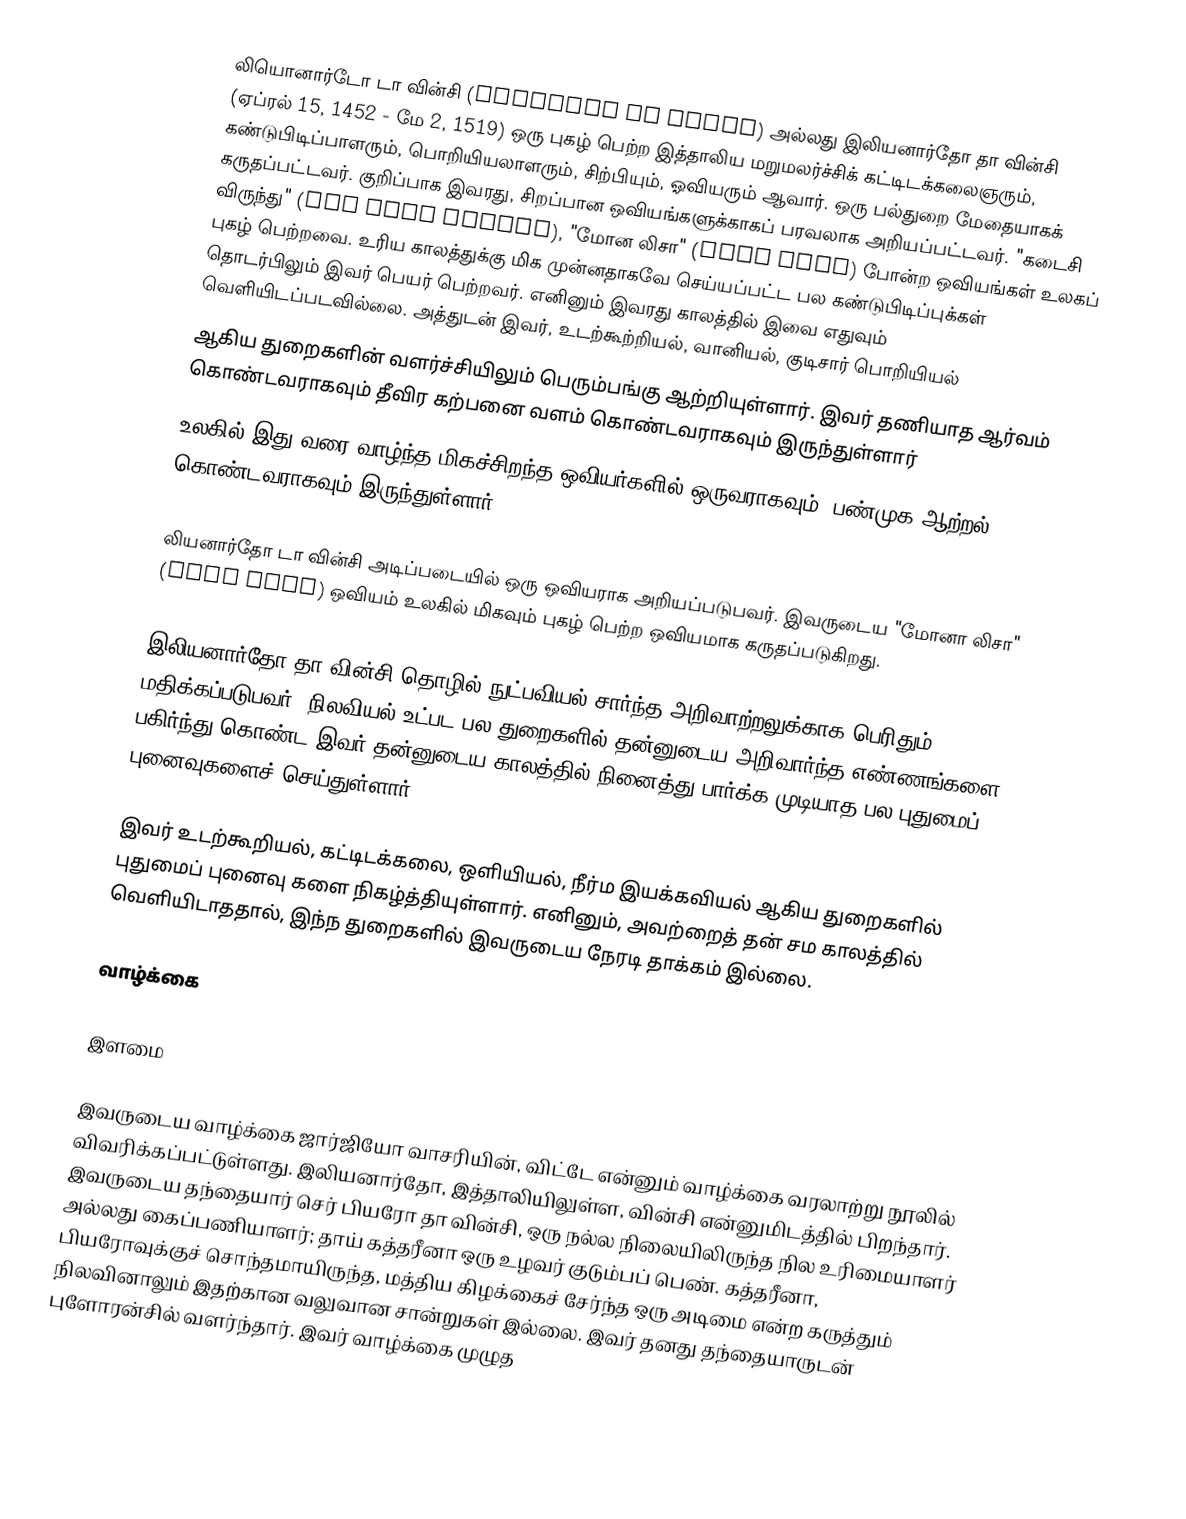
லியொனார்டோ டா வின்சி (Leonardo da Vinci) அல்லது இலியனார்தோ தா வின்சி (ஏப்ரல் 15, 1452 - மே 2, 1519) ஒரு புகழ் பெற்ற இத்தாலிய மறுமலர்ச்சிக் கட்டிடக்கலைஞரும், கண்டுபிடிப்பாளரும், பொறியியலாளரும், சிற்பியும், ஓவியரும் ஆவார். ஒரு பல்துறை மேதையாகக் கருதப்பட்டவர். குறிப்பாக இவரது, சிறப்பான ஒவியங்களுக்காகப் பரவலாக அறியப்பட்டவர். "கடைசி விருந்து" (The Last Supper), "மோன லிசா" (Mona Lisa) போன்ற ஒவியங்கள் உலகப் புகழ் பெற்றவை. உரிய காலத்துக்கு மிக முன்னதாகவே செய்யப்பட்ட பல கண்டுபிடிப்புக்கள் தொடர்பிலும் இவர் பெயர் பெற்றவர். எனினும் இவரது காலத்தில் இவை எதுவும் வெளியிடப்படவில்லை. அத்துடன் இவர், உடற்கூற்றியல், வானியல்,  குடிசார் பொறியியல்
ஆகிய துறைகளின் வளர்ச்சியிலும் பெரும்பங்கு ஆற்றியுள்ளார். இவர் தணியாத ஆர்வம் கொண்டவராகவும் தீவிர கற்பனை வளம் கொண்டவராகவும் இருந்துள்ளார்
உலகில் இது வரை வாழ்ந்த மிகச்சிறந்த ஒவியர்களில் ஒருவராகவும், பண்முக ஆற்றல் கொண்டவராகவும் இருந்துள்ளார்.

லியனார்தோ டா வின்சி அடிப்படையில் ஒரு ஒவியராக அறியப்படுபவர். இவருடைய "மோனா லிசா" (Mona Lisa)  ஒவியம் உலகில் மிகவும் புகழ் பெற்ற ஒவியமாக கருதப்படுகிறது.

இலியனார்தோ தா வின்சி தொழில் நுட்பவியல் சார்ந்த அறிவாற்றலுக்காக பெரிதும் மதிக்கப்படுபவர். நிலவியல் உட்பட பல துறைகளில் தன்னுடைய அறிவார்ந்த எண்ணங்களை பகிர்ந்து கொண்ட இவர் தன்னுடைய காலத்தில் நினைத்து பார்க்க முடியாத பல புதுமைப் புனைவுகளைச் செய்துள்ளார்.

இவர் உடற்கூறியல், கட்டிடக்கலை, ஒளியியல், நீர்ம இயக்கவியல் ஆகிய துறைகளில் புதுமைப் புனைவு களை நிகழ்த்தியுள்ளார். எனினும், அவற்றைத் தன் சம காலத்தில் வெளியிடாததால், இந்ந துறைகளில் இவருடைய நேரடி தாக்கம் இல்லை.

வாழ்க்கை

இளமை

இவருடைய வாழ்க்கை ஜார்ஜியோ வாசரியின், விட்டே என்னும் வாழ்க்கை வரலாற்று நூலில் விவரிக்கப்பட்டுள்ளது. இலியனார்தோ, இத்தாலியிலுள்ள, வின்சி என்னுமிடத்தில் பிறந்தார். இவருடைய தந்தையார் செர் பியரோ தா வின்சி, ஒரு நல்ல நிலையிலிருந்த நில உரிமையாளர் அல்லது கைப்பணியாளர்; தாய் கத்தரீனா ஒரு உழவர் குடும்பப் பெண். கத்தரீனா, பியரோவுக்குச் சொந்தமாயிருந்த, மத்திய கிழக்கைச் சேர்ந்த ஒரு அடிமை என்ற கருத்தும் நிலவினாலும் இதற்கான வலுவான சான்றுகள் இல்லை. இவர் தனது தந்தையாருடன் புளோரன்சில் வளர்ந்தார். இவர் வாழ்க்கை முழுத